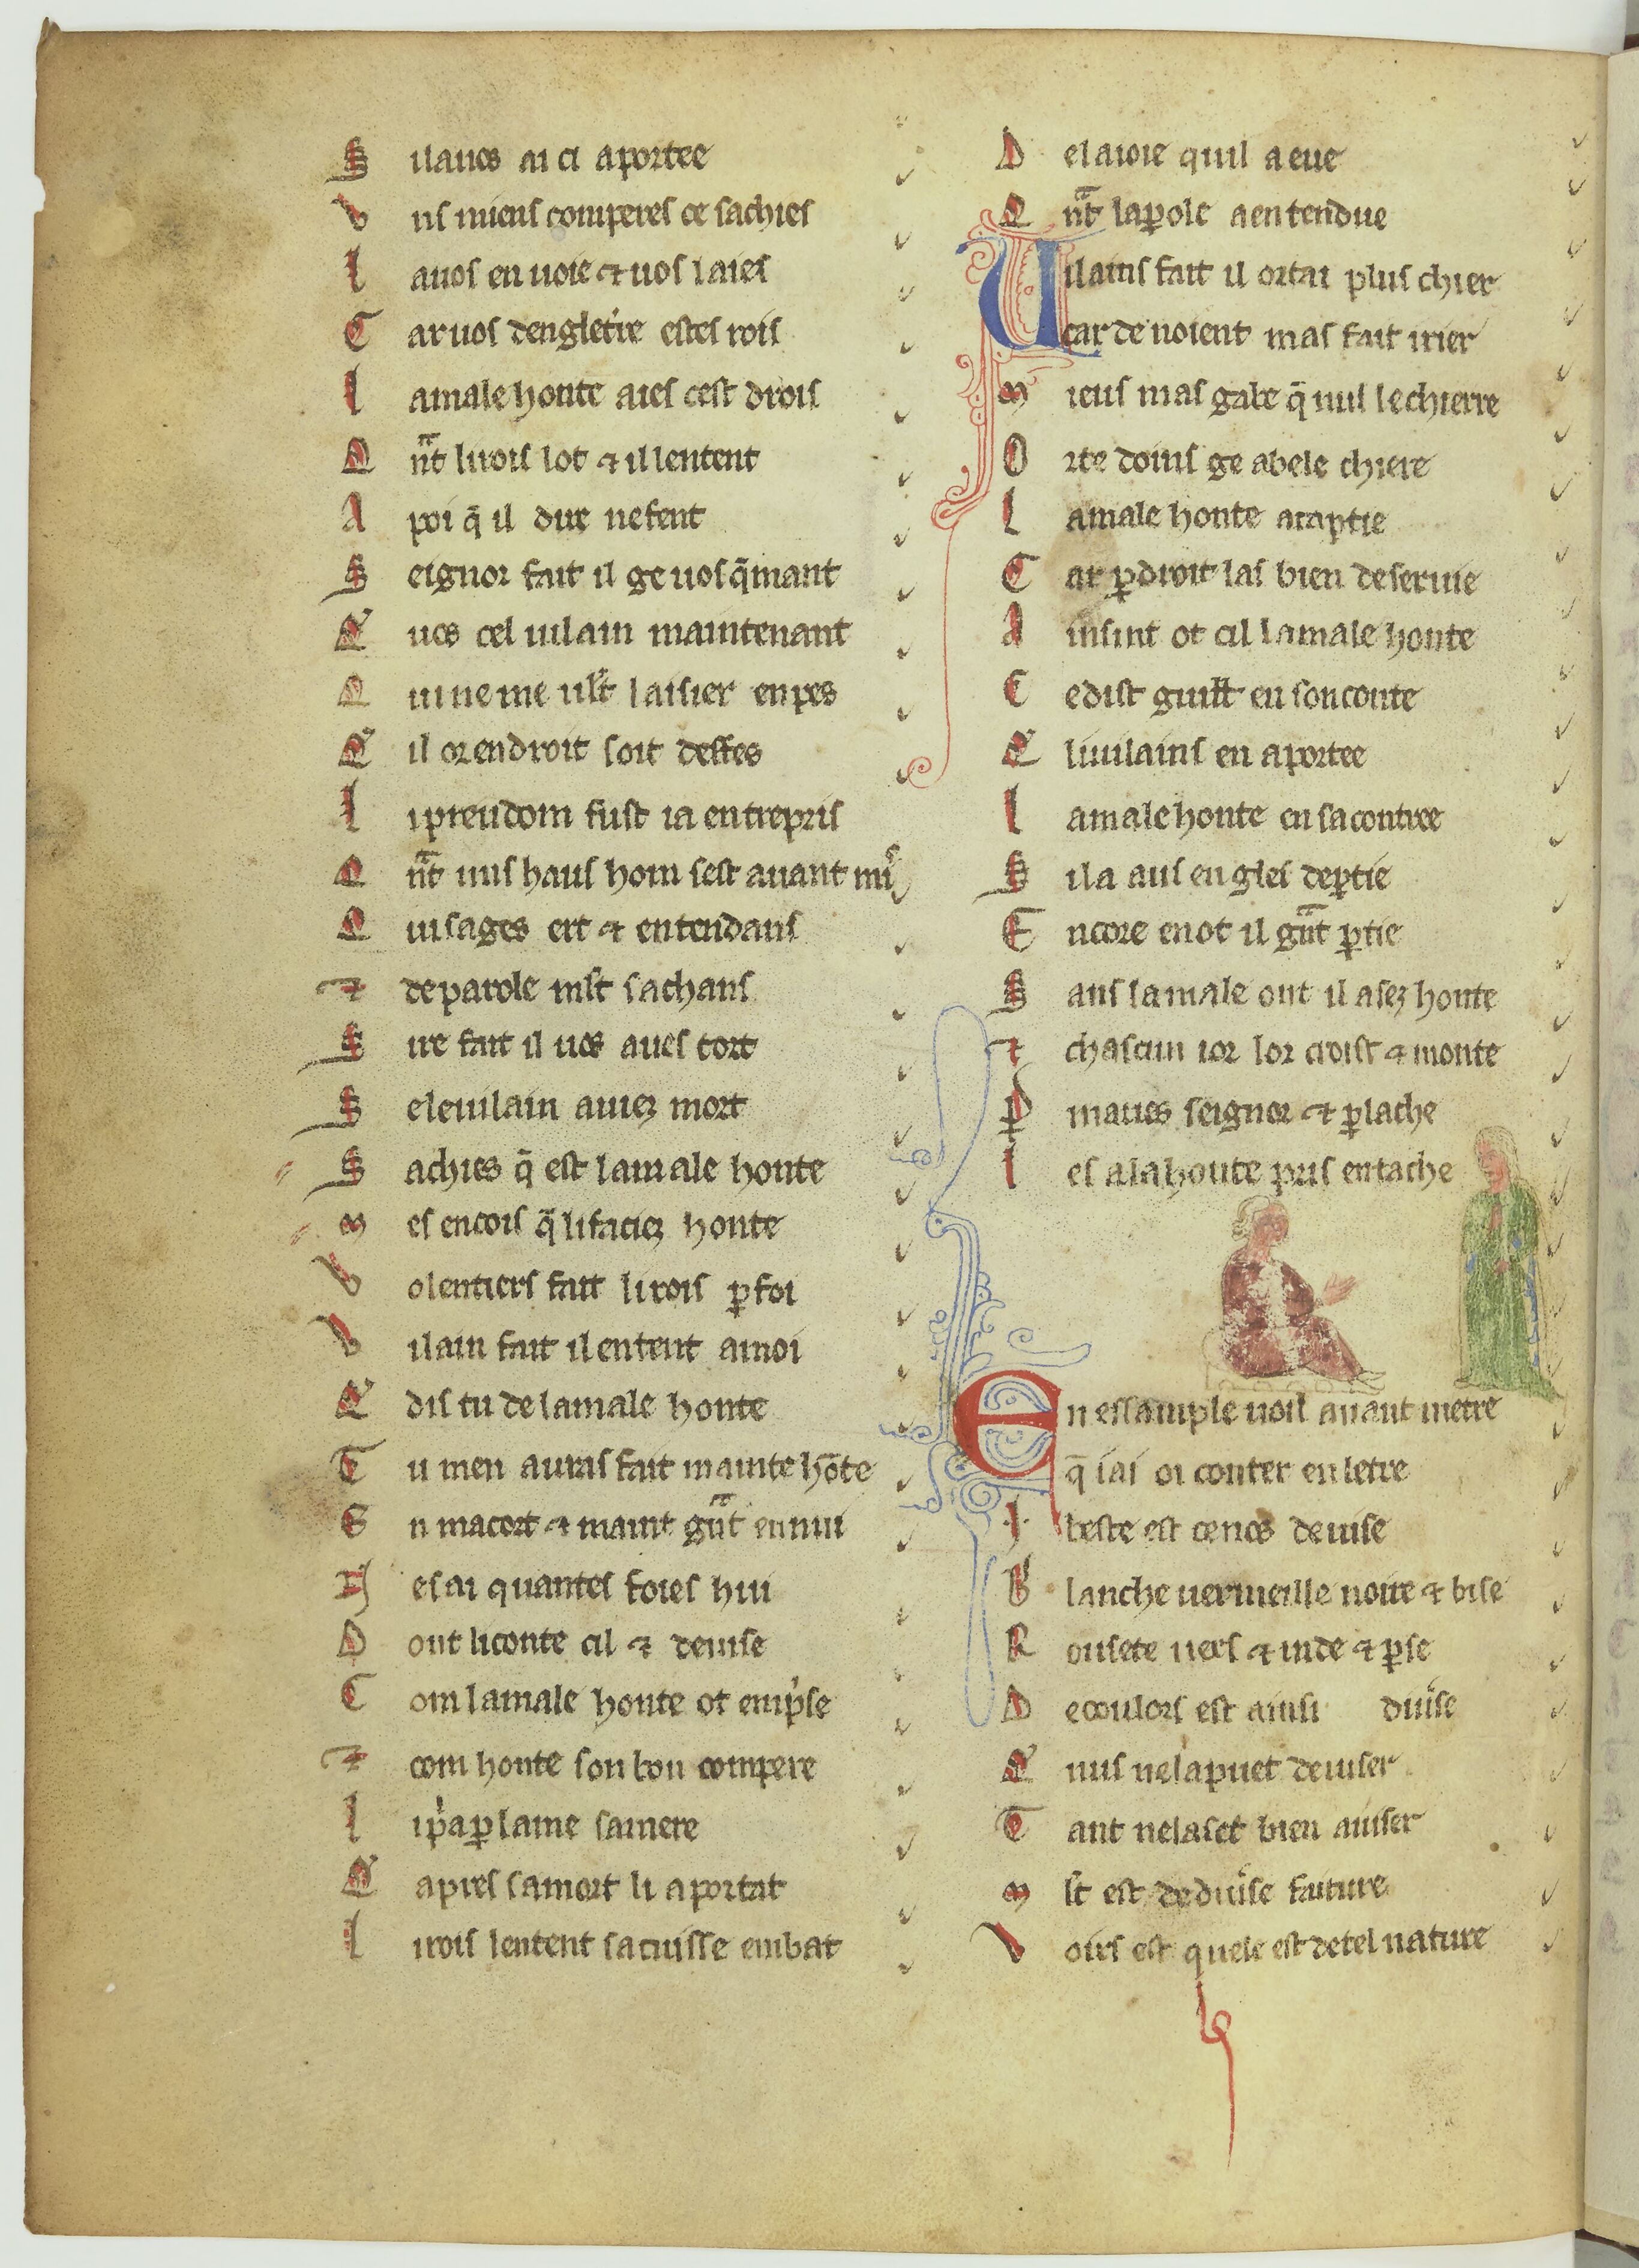
Shelfmark: Paris, BnF, fr. 2173
Century: 13